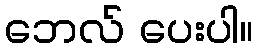
ဘေလ် ပေးပါ။